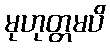
မုဟုတ္တမပိ